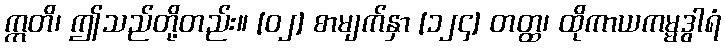
ဣတိ၊ ဤသည်တို့တည်း။ [၀၂] စာမျက်နှာ [၁၂၄] တတ္ထ၊ ထိုကာယကမ္မဒွါရံ